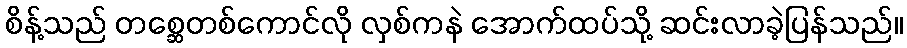
စိန့်သည် တစ္ဆေတစ်ကောင်လို လှစ်ကနဲ အောက်ထပ်သို့ ဆင်းလာခဲ့ပြန်သည်။